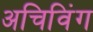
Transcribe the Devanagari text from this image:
अचिविंग